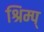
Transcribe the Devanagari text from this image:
श्रिम्प्